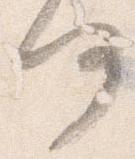
何